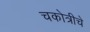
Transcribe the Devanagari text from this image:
चकोत्रीचे